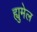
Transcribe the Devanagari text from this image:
ह्युमेल